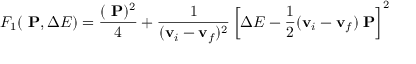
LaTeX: F _ { 1 } ( { \bf \Delta P } , \Delta E ) = \frac { ( { \bf \Delta P } ) ^ { 2 } } { 4 } + \frac { 1 } { ( { \bf v } _ { i } - { \bf v } _ { f } ) ^ { 2 } } \left[ \Delta E - \frac { 1 } { 2 } ( { \bf v } _ { i } - { \bf v } _ { f } ) { \bf \Delta P } \right] ^ { 2 }